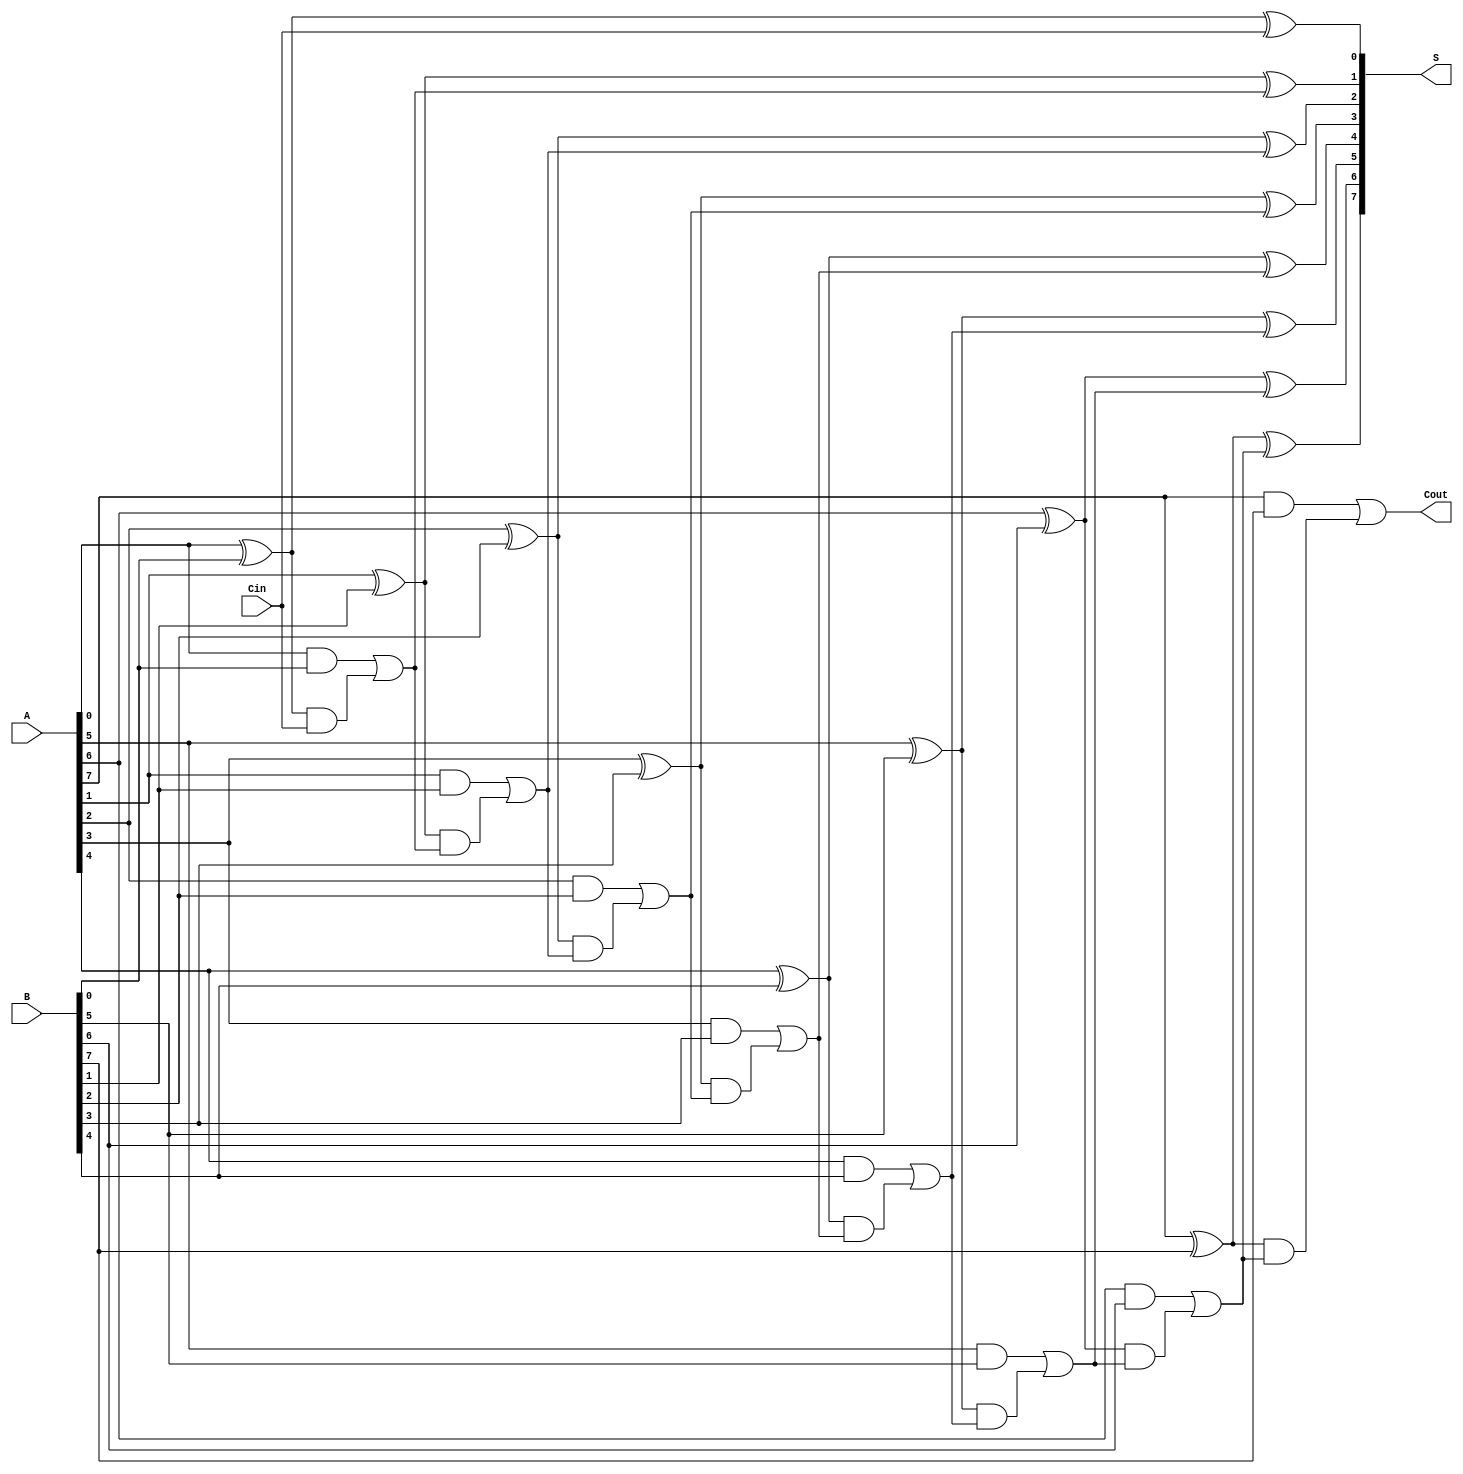
module ManchesterCarryChainAdder #(parameter N = 8) (
    input  [N-1:0] A,      // First n-bit input
    input  [N-1:0] B,      // Second n-bit input
    input         Cin,      // Carry-in
    output [N-1:0] S,      // n-bit sum output
    output        Cout      // Carry-out
);

    wire [N:0] C;          // Carry signals (C[0] = Cin, C[N] = Cout)
    wire [N-1:0] G;        // Generate signals
    wire [N-1:0] P;        // Propagate signals

    // Generate and propagate logic
    genvar i;
    generate
        for (i = 0; i < N; i = i + 1) begin : full_adder
            assign G[i] = A[i] & B[i];                  // Generate
            assign P[i] = A[i] ^ B[i];                  // Propagate
        end
    endgenerate

    // Carry generation
    assign C[0] = Cin;                                   // Initial carry-in
    generate
        for (i = 0; i < N; i = i + 1) begin : carry_chain
            if (i == 0) begin
                assign C[i + 1] = G[i] | (P[i] & C[i]); // Carry-out for the first bit
            end else begin
                assign C[i + 1] = G[i] | (P[i] & C[i]); // Carry-out for subsequent bits
            end
        end
    endgenerate

    // Sum calculation
    generate
        for (i = 0; i < N; i = i + 1) begin : sum_calculation
            assign S[i] = P[i] ^ C[i];                   // Sum output
        end
    endgenerate

    // Final carry-out
    assign Cout = C[N];                                  // Final carry-out

endmodule